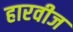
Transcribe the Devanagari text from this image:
हारवीज